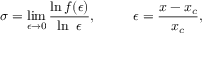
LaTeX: \sigma = \operatorname * { l i m } _ { \epsilon \rightarrow 0 } \frac { \ln f ( \epsilon ) } { \ln \ \epsilon } , \ ~ ~ ~ ~ ~ ~ \ \epsilon = \frac { x - x _ { c } } { x _ { c } } ,